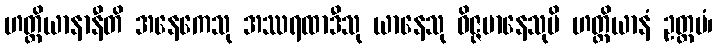
ဟတ္ထိယာနာနီတိ အနေကေသု အဿရထာဒီသု ယာနေသု ဝိဇ္ဇမာနေသုပိ ဟတ္ထိယာနံ ဥတ္တမံ၊